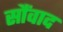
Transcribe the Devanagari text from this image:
सौंवाद